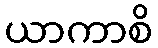
ယာကာစိ